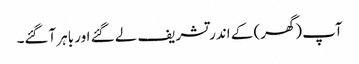
آپ (گھر) کے اندر تشریف لے گئے اور باہر آگئے۔